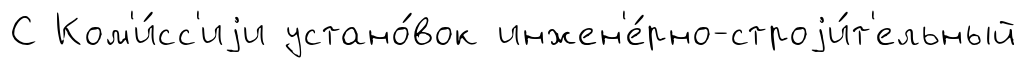
С Ком'и́сс'иjи устано́вок инжен'е́рно-строjи́т'ельный